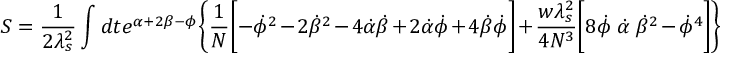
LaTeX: S = \frac { 1 } { 2 \lambda _ { s } ^ { 2 } } \int d t e ^ { \alpha + 2 \beta - \phi } \biggl \{ \frac { 1 } { N } \biggl [ - \dot { \phi } ^ { 2 } - 2 \dot { \beta } ^ { 2 } - 4 \dot { \alpha } \dot { \beta } + 2 \dot { \alpha } \dot { \phi } + 4 \dot { \beta } \dot { \phi } \biggr ] + \frac { w \lambda _ { s } ^ { 2 } } { 4 N ^ { 3 } } \biggl [ 8 \dot { \phi } ~ \dot { \alpha } ~ \dot { \beta } ^ { 2 } - \dot { \phi } ^ { 4 } \biggr ] \biggr \}